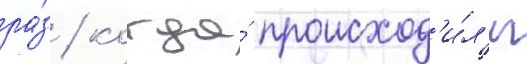
ра́з / когда́ происход'и́л'и